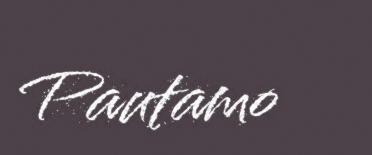
Pautamo